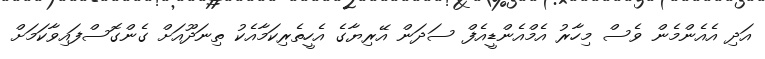
އަދި އެއެންމެން ވެސް މިހާރު އެމްއެންޑީއެފް ސަދަން އޭރިޔާގެ އެހީތެރިކަމާއެކު ތިނަދޫއަށް ގެންގޮސްފައިވާކަމަށް